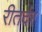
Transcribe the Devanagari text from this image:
रीतर्दर